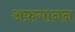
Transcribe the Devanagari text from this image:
अफ़गानन